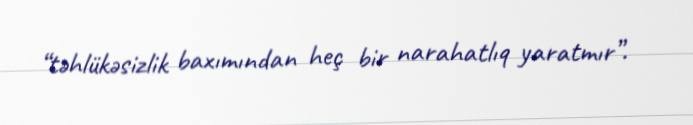
“təhlükəsizlik baxımından heç bir narahatlıq yaratmır”.